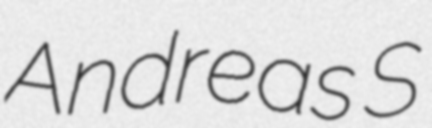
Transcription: Andreas S